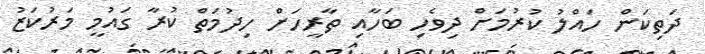
ދަތިކަން ހައްލު ކުރުމަށް ދިވެހި ބަހާއި ތާރީހަށް ހިދުމަތް ކުރާ ގައުމީ މަރުކަޒު